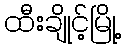
ထီးချိုင့်မြို့